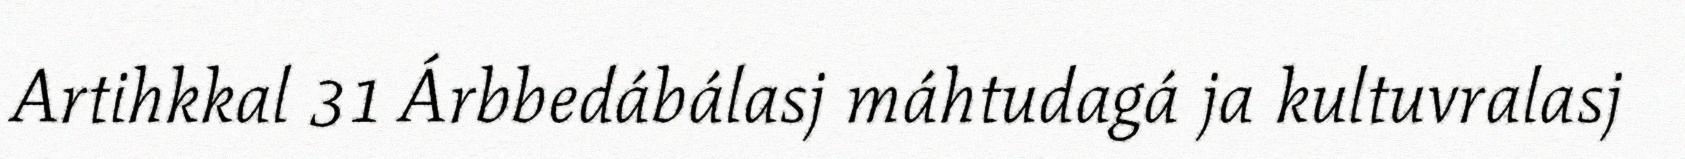
Artihkkal 31 Árbbedábálasj máhtudagá ja kultuvralasj